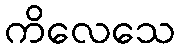
ကိလေသေ